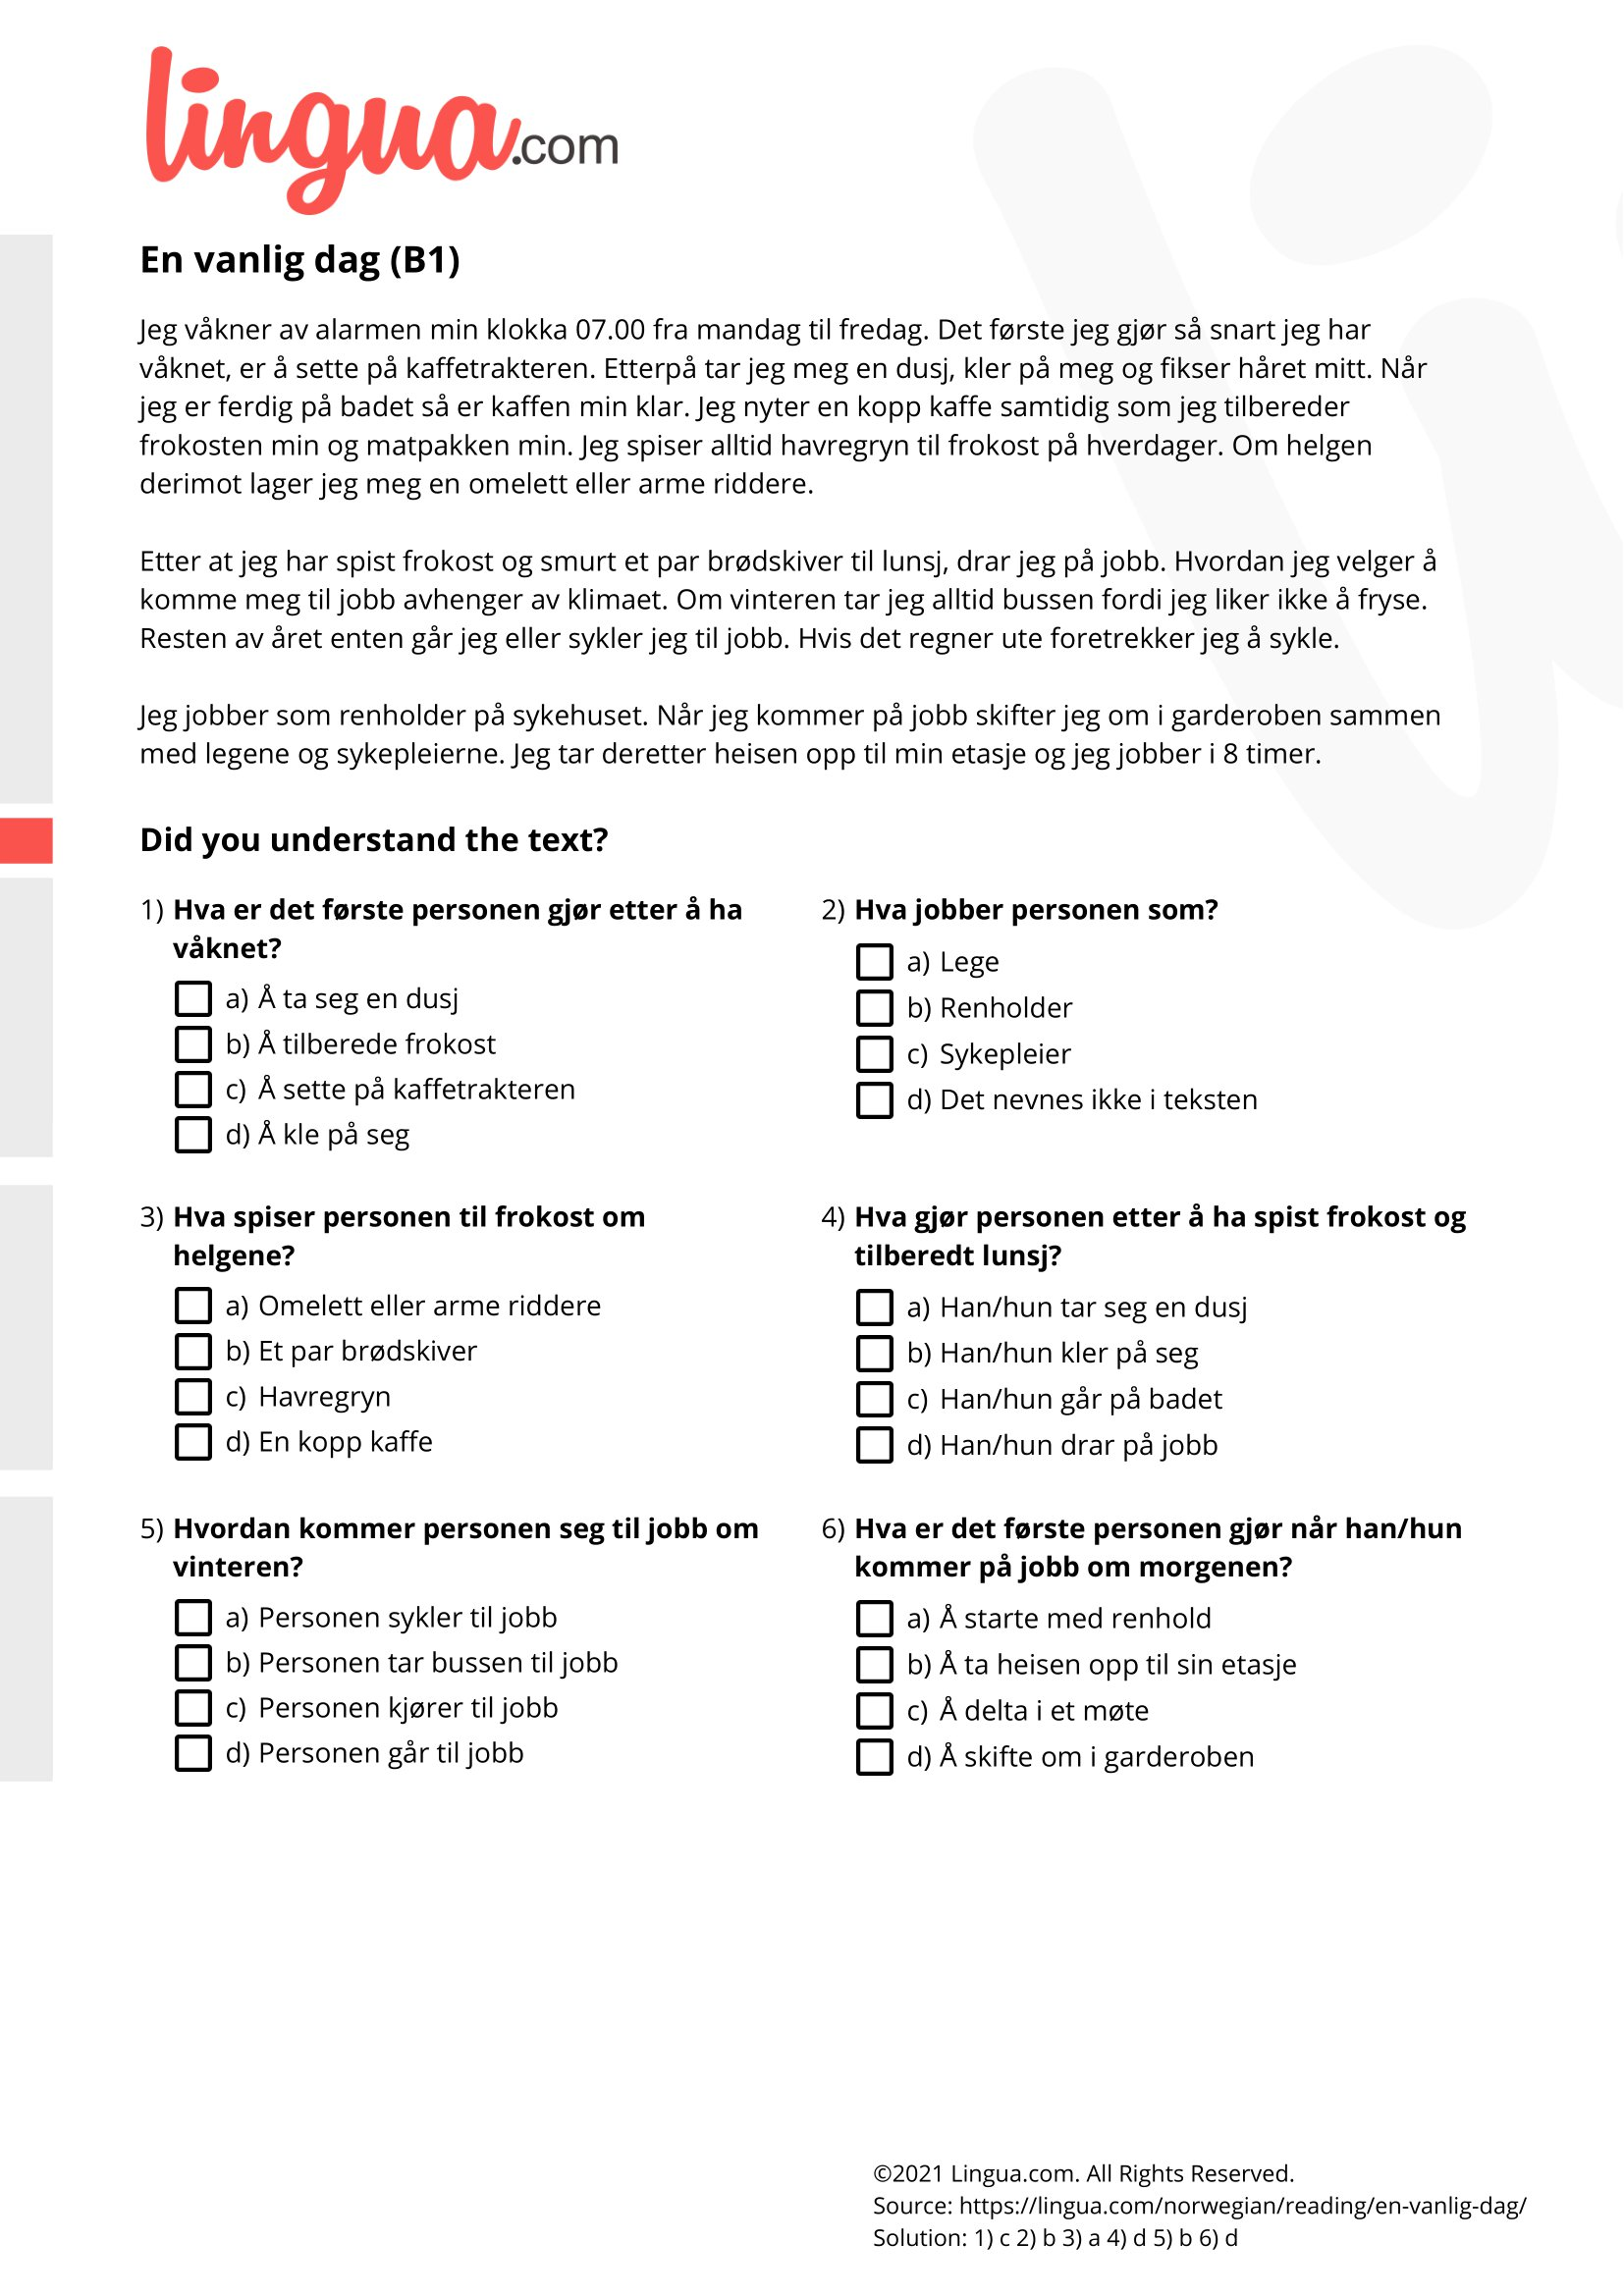
Language: no